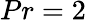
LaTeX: Pr=2